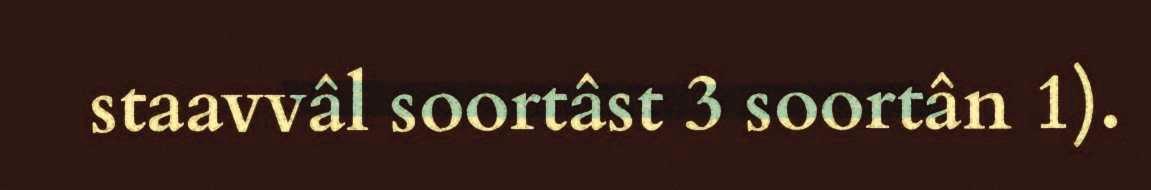
staavvâl soortâst 3 soortân 1).